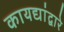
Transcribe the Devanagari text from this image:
कायद्यांद्वारे